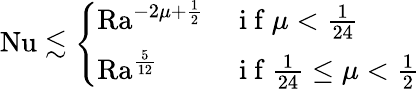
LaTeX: \mathrm{{Nu}}\lesssim\left\{ \begin{array}{ll}{\mathrm{{Ra}}^{-2\mu+\frac 12}}&{\mathrm{~i~f~}\mu<\frac{1}{24}}\\ {\mathrm{{Ra}}^{\frac{5}{12}}}&{\mathrm{~i~f~}\frac{1}{24}\leq\mu<\frac{1}{2}}\end{array}\right.